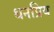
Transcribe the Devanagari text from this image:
धनप्रिय